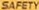
SAFETY